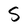
Character: S